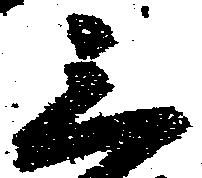
三